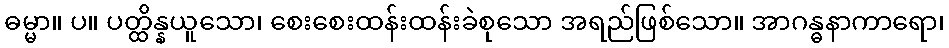
ဓမ္မာ။ ပ။ ပတ္ထိန္နယူသော၊ စေးစေးထန်းထန်းခဲစုသော အရည်ဖြစ်သော။ အာဂန္ဓနာကာရော၊